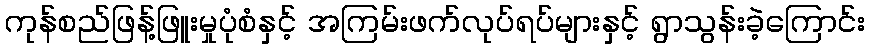
ကုန်စည်ဖြန့်ဖြူးမှုပုံစံနှင့် အကြမ်းဖက်လုပ်ရပ်များနှင့် ရွာသွန်းခဲ့ကြောင်း